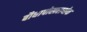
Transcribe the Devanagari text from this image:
बौघापोखराथोक